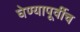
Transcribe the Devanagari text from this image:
घेण्यापूर्वीच